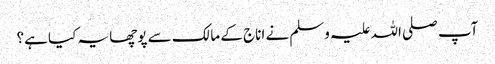
آپ صلی اللہ علیہ وسلم نے اناج کے مالک سے پوچھا یہ کیا ہے؟